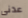
عدنى